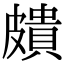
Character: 𥀠